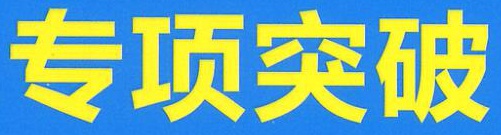
专项突破